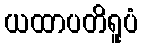
ယထာပတိရူပံ